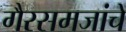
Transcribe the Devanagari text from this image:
गैरसमजांचे